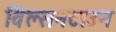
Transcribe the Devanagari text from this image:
विल्सनटाउन